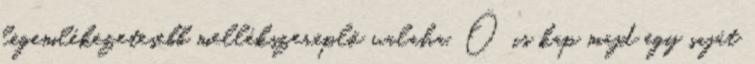
legemlékezetesebb mellékszereplő valaha. Ő is kap majd egy saját